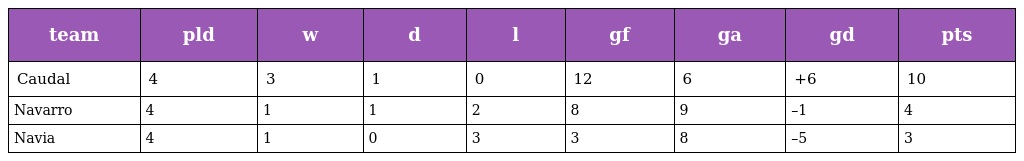
| team | pld | w | d | l | gf | ga | gd | pts |
 | --- | --- | --- | --- | --- | --- | --- | --- | --- |
 | Caudal | 4 | 3 | 1 | 0 | 12 | 6 | +6 | 10 |
 | Navarro | 4 | 1 | 1 | 2 | 8 | 9 | –1 | 4 |
 | Navia | 4 | 1 | 0 | 3 | 3 | 8 | –5 | 3 |